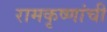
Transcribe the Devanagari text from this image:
रामकृष्णांची